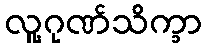
လူ့ဂုဏ်သိက္ခာ